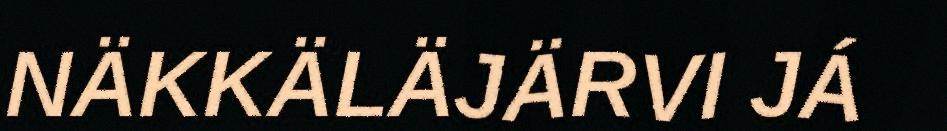
NÄKKÄLÄJÄRVI JÁ